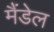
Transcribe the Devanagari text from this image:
मैंडेल